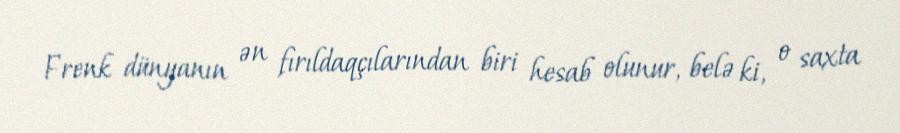
Frenk dünyanın ən fırıldaqçılarından biri hesab olunur, belə ki, o saxta